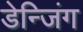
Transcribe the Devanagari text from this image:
डेन्जिंग